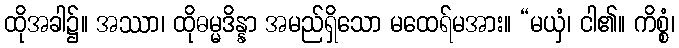
ထိုအခါ၌။ အဿာ၊ ထိုဓမ္မဒိန္နာ အမည်ရှိသော မထေရ်မအား။ “မယှံ၊ ငါ၏။ ကိစ္စံ၊